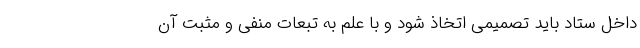
داخل ستاد باید تصمیمی اتخاذ شود و با علم به تبعات منفی و مثبت آن